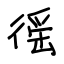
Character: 徭